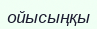
ойысыңқы